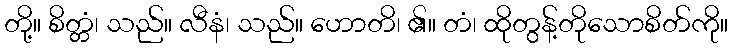
တို့။ စိတ္တံ၊ သည်။ လီနံ၊ သည်။ ဟောတိ၊ ၏။ တံ၊ ထိုတွန့်တိုသောစိတ်ကို။